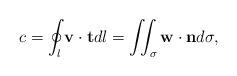
LaTeX: \begin{align*}c=\oint_l\mathbf{v}\cdot \mathbf{t}dl=\iint_{\sigma}\mathbf{w}\cdot\mathbf{n}d\sigma,\end{align*}